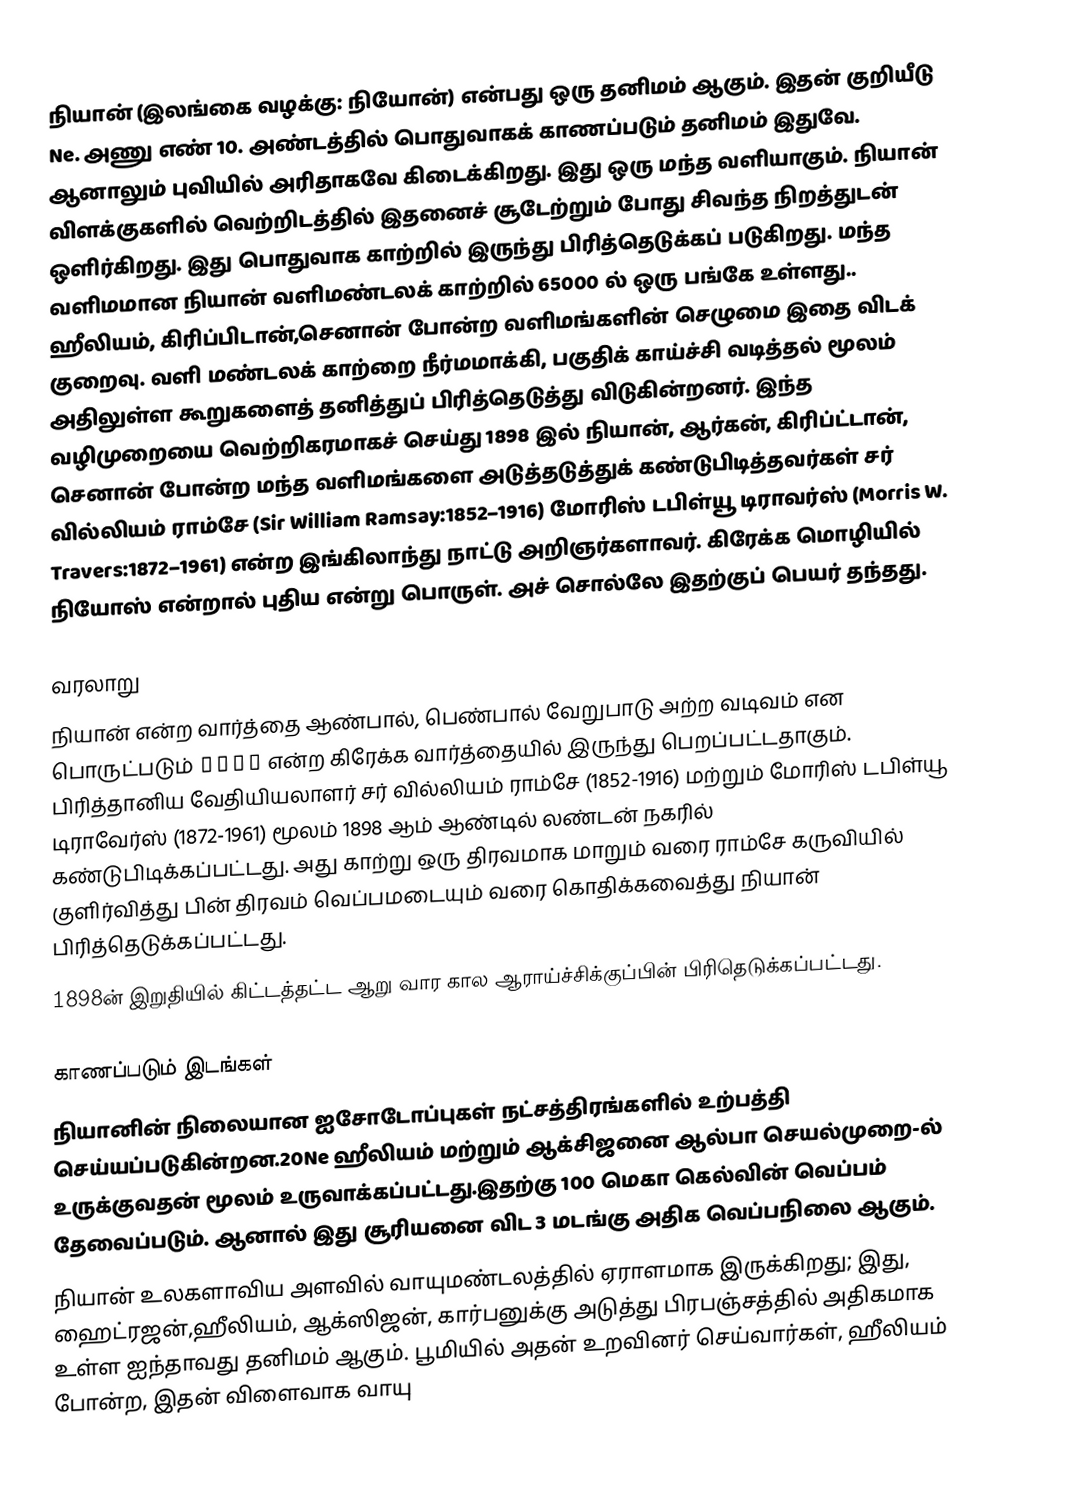
நியான் (இலங்கை வழக்கு: நியோன்) என்பது ஒரு தனிமம் ஆகும். இதன் குறியீடு Ne. அணு எண் 10. அண்டத்தில் பொதுவாகக் காணப்படும் தனிமம் இதுவே. ஆனாலும் புவியில் அரிதாகவே கிடைக்கிறது.  இது ஒரு மந்த வளியாகும். நியான் விளக்குகளில் வெற்றிடத்தில் இதனைச் சூடேற்றும் போது சிவந்த நிறத்துடன் ஒளிர்கிறது. இது பொதுவாக காற்றில் இருந்து பிரித்தெடுக்கப் படுகிறது.  மந்த வளிமமான நியான் வளிமண்டலக் காற்றில் 65000 ல் ஒரு பங்கே உள்ளது.. ஹீலியம், கிரிப்பிடான்,செனான் போன்ற வளிமங்களின் செழுமை இதை விடக் குறைவு. வளி மண்டலக் காற்றை நீர்மமாக்கி, பகுதிக் காய்ச்சி வடித்தல் மூலம் அதிலுள்ள கூறுகளைத் தனித்துப் பிரித்தெடுத்து விடுகின்றனர். இந்த வழிமுறையை வெற்றிகரமாகச் செய்து  1898 இல் நியான், ஆர்கன், கிரிப்ட்டான், செனான் போன்ற மந்த வளிமங்களை அடுத்தடுத்துக் கண்டுபிடித்தவர்கள் சர் வில்லியம் ராம்சே (Sir William Ramsay:1852–1916) மோரிஸ் டபிள்யூ டிராவர்ஸ் (Morris W. Travers:1872–1961) என்ற இங்கிலாந்து நாட்டு அறிஞர்களாவர். கிரேக்க மொழியில் நியோஸ் என்றால் புதிய என்று பொருள். அச் சொல்லே இதற்குப் பெயர் தந்தது.

வரலாறு
நியான் என்ற வார்த்தை ஆண்பால், பெண்பால் வேறுபாடு அற்ற வடிவம் என பொருட்படும் νέος என்ற கிரேக்க வார்த்தையில் இருந்து பெறப்பட்டதாகும். பிரித்தானிய வேதியியலாளர் சர் வில்லியம் ராம்சே (1852-1916) மற்றும் மோரிஸ் டபிள்யூ டிராவேர்ஸ் (1872-1961) மூலம் 1898 ஆம் ஆண்டில் லண்டன் நகரில் கண்டுபிடிக்கப்பட்டது. அது காற்று ஒரு திரவமாக மாறும் வரை ராம்சே கருவியில் குளிர்வித்து பின் திரவம் வெப்பமடையும் வரை கொதிக்கவைத்து நியான் பிரித்தெடுக்கப்பட்டது.
1898ன் இறுதியில் கிட்டத்தட்ட ஆறு வார கால ஆராய்ச்சிக்குப்பின் பிரிதெடுக்கப்பட்டது.

காணப்படும் இடங்கள்
நியானின் நிலையான ஐசோடோப்புகள் நட்சத்திரங்களில் உற்பத்தி செய்யப்படுகின்றன.20Ne  ஹீலியம் மற்றும் ஆக்சிஜனை ஆல்பா செயல்முறை-ல் உருக்குவதன் மூலம் உருவாக்கப்பட்டது.இதற்கு 100 மெகா கெல்வின் வெப்பம் தேவைப்படும். ஆனால் இது சூரியனை விட 3 மடங்கு அதிக  வெப்பநிலை ஆகும்.
நியான் உலகளாவிய அளவில் வாயுமண்டலத்தில் ஏராளமாக இருக்கிறது; இது, ஹைட்ரஜன்,ஹீலியம், ஆக்ஸிஜன், கார்பனுக்கு அடுத்து பிரபஞ்சத்தில் அதிகமாக உள்ள ஐந்தாவது தனிமம் ஆகும். பூமியில் அதன் உறவினர் செய்வார்கள், ஹீலியம் போன்ற, இதன் விளைவாக வாயு